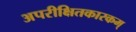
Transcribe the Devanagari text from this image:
अपरीक्षितकारकम्